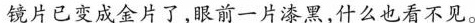
镜片已变成金片了，眼前一片漆黑，什么也看不见。